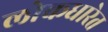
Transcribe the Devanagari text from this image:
लोकधारेत